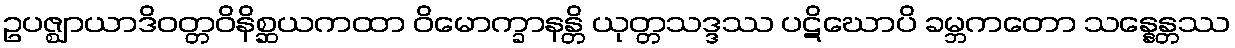
ဥပဇ္ဈာယာဒိဝတ္တဝိနိစ္ဆယကထာ ဝိမောက္ခာနန္တိ ယုတ္တသဒ္ဒဿ ပဋိဃောပိ ခမ္ဘကတော သန္နေန္တဿ